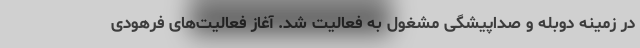
در زمینه دوبله و صداپیشگی مشغول به فعالیت شد. آغاز فعالیت‌های فرهودی